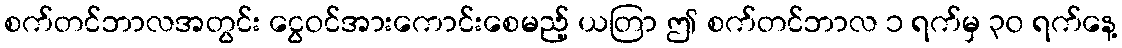
စက်တင်ဘာလအတွင်း ငွေဝင်အားကောင်းစေမည့် ယတြာ ဤ စက်တင်ဘာလ ၁ ရက်မှ ၃၀ ရက်နေ့